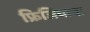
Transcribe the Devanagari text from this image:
फ्रिजियाचा